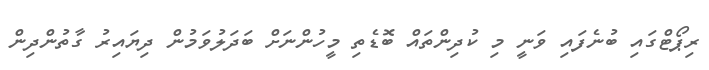
ރިޕޯޓްގައި ބުނެފައި ވަނީ މި ކުދިންތައް ބޮޑެތި މީހުންނަށް ބަދަލުވަމުން ދިޔައިރު ގާތުންދިން